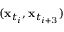
( \mathbf { x } _ { t _ { i } } , \mathbf { x } _ { t _ { i + 3 } } )